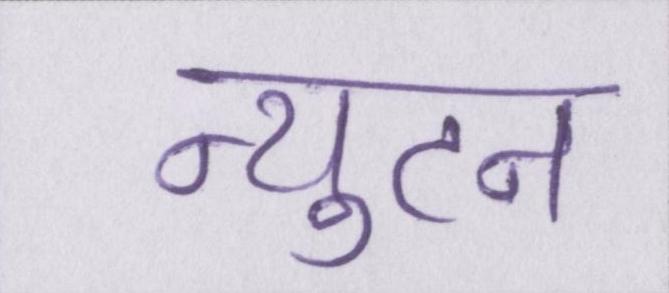
न्युटन